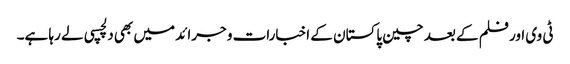
ٹی وی اور فلم کے بعد چین پاکستان کے اخبارات و جرائد میں بھی دلچسپی لے رہا ہے۔